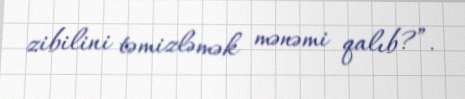
zibilini təmizləmək mənəmi qalıb?”.